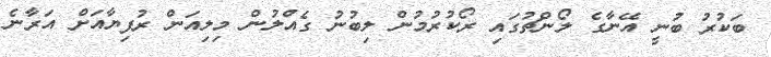
ބަކުރު ބުނީ އޭނާގެ ލޯންޗުގައި ރޯކުރުމުން ލިބުނު ގެއްލުން މިލިއަން ރުފިޔާއަށް އަރާނެ